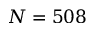
N = 5 0 8